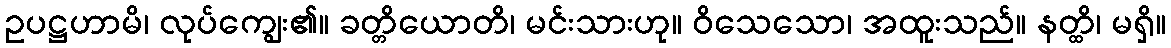
ဥပဋ္ဌဟာမိ၊ လုပ်ကျွေး၏။ ခတ္တိယောတိ၊ မင်းသားဟု။ ဝိသေသော၊ အထူးသည်။ နတ္ထိ၊ မရှိ။